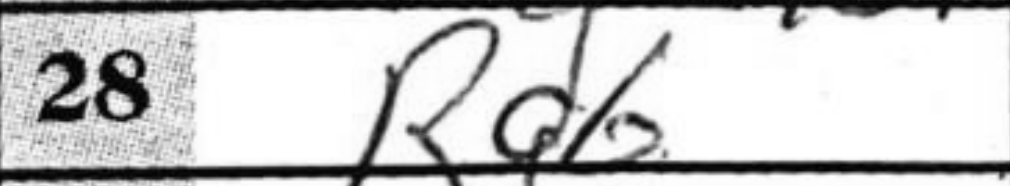
Transcription: Rd6